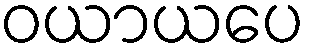
ဝယာယပေ